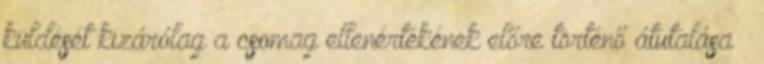
küldését kizárólag a csomag ellenértékének előre történő átutalása –